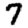
Digit: 7